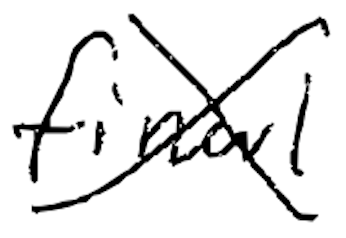
Text: final
Cross-out: cross
Writing tool: digital_black